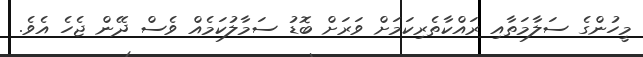
މީހުންގެ ސަލާމަތާއި ރައްކާތެރިކަމަށް ވަރަށް ބޮޑު ސަމާލުކަމެއް ވެސް ދޭން ޖެހެ އެވެ.